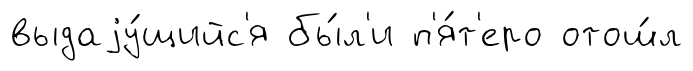
выдаjу́щийс'я бы́л'и п'я́т'еро отош́л